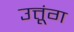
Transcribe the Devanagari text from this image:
उत्तूंग